Lunatic asylums Central Provinces reports 1874-1885 - 1874-1885
Year: 1874
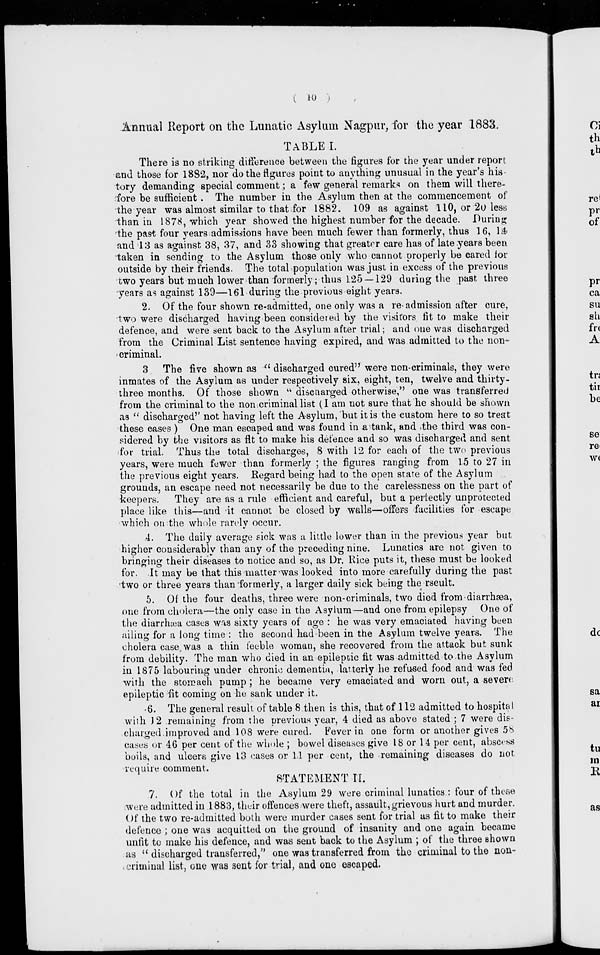
( 10 )
Annual Report on the Lunatic Asylum Nagpur, for the year 1883.
TABLE I.
There is no striking difference between the figures for the year under report
and those for 1882, nor do the figures point to anything unusual in the year's his-
tory demanding special comment; a few general remarks on them will there-
fore be sufficient. The number in the Asylum then at the commencement of
the year was almost similar to that for 1882. 109 as against 110, or 20 less
than in 1878, which year showed the highest number for the decade. During
the past four years admissions have been much fewer than formerly, thus 16, 14
and 13 as against 38, 37, and 33 showing that greater care has of late years been
taken in sending to the Asylum those only who cannot properly be cared for
outside by their friends. The total population was just in excess of the previous
two years but much lower than formerly; thus 125 — 129 during the past three
years as against 139—161 during the previous eight years.
2. Of the four shown re-admitted, one only was a re-admission after cure,
two were discharged having been considered by the visitors fit to make their
defence, and were sent back to the Asylum after trial; and one was discharged
from the Criminal List sentence having expired, and was admitted to the non-
criminal.
3 The five shown as " discharged cured" were non-criminals, they were
inmates of the Asylum as under respectively six, eight, ten, twelve and thirty-
three months. Of those shown " discharged otherwise," one was transferred
from the criminal to the non criminal list (I am not sure that he should be shown
as "discharged'' not having left the Asylum, but it is the custom here to so treat
these cases ) One man escaped and was found in a tank, and the third was con-
sidered by the visitors as fit to make his defence and so was discharged and sent
for trial. Thus the total discharges, 8 with 12 for each of the two previous
years, were much fewer than formerly ; the figures ranging from 15 to 27 in
the previous eight years. Regard being had to the open state of the Asylum
grounds, an escape need not necessarily be due to the carelessness on the part of
keepers. They are as a rule efficient and careful, but a perfectly unprotected
place like this—and it cannot be closed by walls—offers facilities for escape
which on the whole rarely occur.
4. The daily average sick was a little lower than in the previous year but
higher considerably than any of the preceding nine. Lunatics are not given to
bringing their diseases to notice and so, as Dr. Rice puts it, these must be looked
for. It may be that this matter was looked into more carefully during the past
two or three years than formerly, a larger daily sick being the rseult.
5. Of the four deaths, three were non-criminals, two died from diarrhæa,
one from cholera—the only case in the Asylum—and one from epilepsy One of
the diarrhæa cases was sixty years of age : he was very emaciated having been
ailing for a long time : the second had been in the Asylum twelve years. The
cholera case was a thin feeble woman, she recovered from the attack but sunk
from debility. The man who died in an epileptic fit was admitted to the Asylum
in 1875 labouring under chronic dementia, latterly he refused food and was fed
with the stomach pump ; he became very emaciated and worn out, a severe
epileptic fit coming on he sank under it.
6. The general result of table 8 then is this, that of 112 admitted to hospital
with 12 remaining from the previous year, 4 died as above stated ; 7 were dis-
charged improved and 108 were cured. Fever in one form or another gives 58
cases or 46 per cent of the whole ; bowel diseases give 18 or 14 per cent, abscess
boils, and ulcers give 13 cases or 11 per cent, the remaining diseases do not
require comment.
STATEMENT II.
7. Of the total in the Asylum 29 were criminal lunatics : four of these
were admitted in 1883, their offences were theft, assault, grievous hurt and murder.
Of the two re-admitted both were murder cases sent for trial as fit to make their
defence ; one was acquitted on the ground of insanity and one again became
unfit to make his defence, and was sent back to the Asylum ; of the three shown
as " discharged transferred,'' one was transferred from the criminal to the non-
criminal list, one was sent for trial, and one escaped.